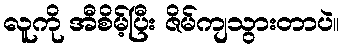
လူကို အီစိမ့်ပြီး ဇိမ်ကျသွားတာပဲ။